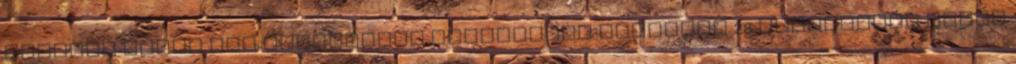
átlagos arány egy százalékos csökkenést követően 28 százalékra esett